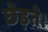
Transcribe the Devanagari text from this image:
छेड़ते।